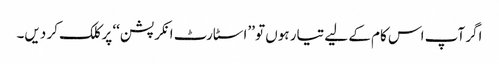
اگر آپ اس کام کے لیے تیار ہوں تو ’’اسٹارٹ انکرپشن‘‘ پر کلک کر دیں۔